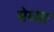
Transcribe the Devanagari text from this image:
मेध्या